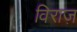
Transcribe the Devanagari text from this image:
विराज़